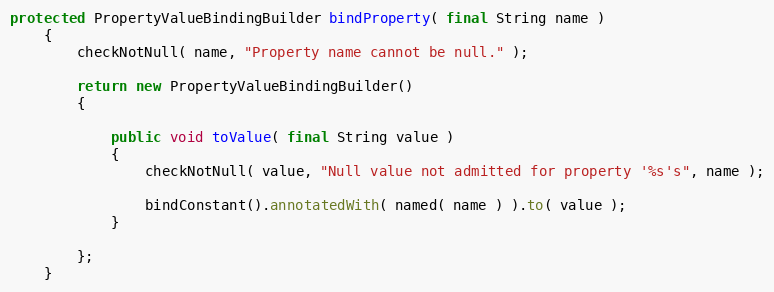
Language: Java
protected PropertyValueBindingBuilder bindProperty( final String name )
    {
        checkNotNull( name, "Property name cannot be null." );

        return new PropertyValueBindingBuilder()
        {

            public void toValue( final String value )
            {
                checkNotNull( value, "Null value not admitted for property '%s's", name );

                bindConstant().annotatedWith( named( name ) ).to( value );
            }

        };
    }